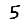
Digit: 5